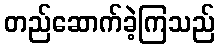
တည်ဆောက်ခဲ့ကြသည်